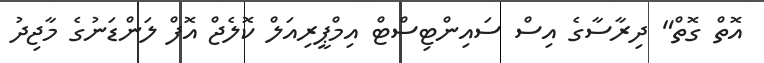
އޮތް ގޮތް" ދިރާސާގެ އިސް ސައިންޓިސްޓް އިމްޕީރިއަލް ކޮލެޖް އޮފް ލަންޑަނުގެ މާޖިދު